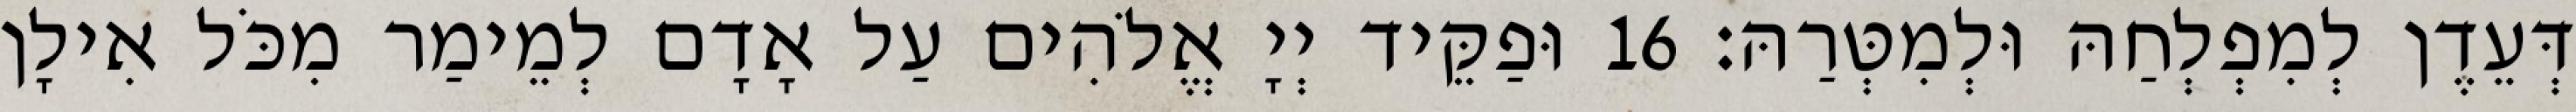
דְּעֵדֶן לְמִפְלְחַהּ וּלְמִטְּרַהּ׃ 16 וּפַקֵּיד יְיָ אֱלֹהִים עַל אָדָם לְמֵימַר מִכֹּל אִילָן